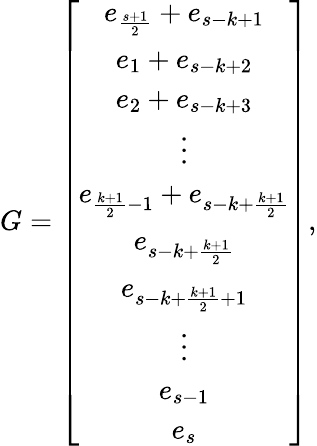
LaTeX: G=\left[\begin{array}{c}{e_{\frac{s+1}{2}}+e_{s-k+1}}\\ {e_{1}+e_{s-k+2}}\\ {e_{2}+e_{s-k+3}}\\ {\vdots}\\ {e_{\frac{k+1}{2}-1}+e_{s-k+\frac{k+1}{2}}}\\ {e_{s-k+\frac{k+1}{2}}}\\ {e_{s-k+\frac{k+1}{2}+1}}\\ {\vdots}\\ {e_{s-1}}\\ {e_{s}}\end{array}\right],